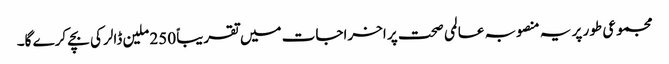
مجموعی طور پر یہ منصوبہ عالمی صحت پر اخراجات میں تقریباً 250 ملین ڈالر کی بچے کرے گا۔